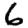
Digit: 6